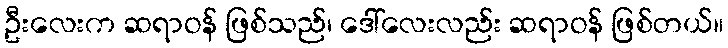
ဦးလေးက ဆရာဝန် ဖြစ်သည်၊ ဒေါ်လေးလည်း ဆရာဝန် ဖြစ်တယ်။